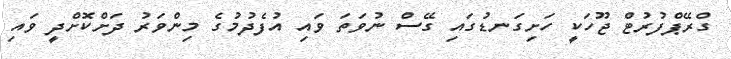
ގްރޭޕްފުރުޓް ޖޫހަކީ ހަށިގަނޑުގައި ގޭސް ނުވަތަ ވައި އުފެދުމުގެ މިންވަރު ދަށްކޮށްދީ ވައި